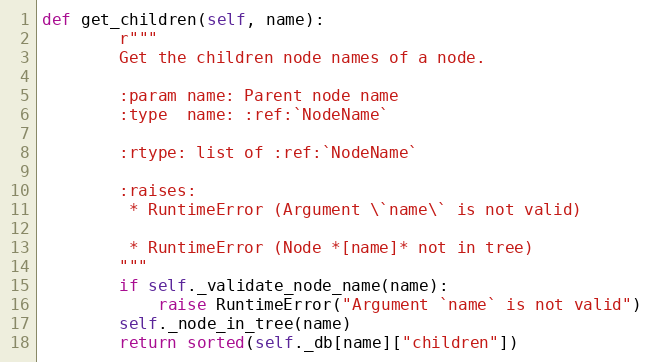
Language: Python
def get_children(self, name):
        r"""
        Get the children node names of a node.

        :param name: Parent node name
        :type  name: :ref:`NodeName`

        :rtype: list of :ref:`NodeName`

        :raises:
         * RuntimeError (Argument \`name\` is not valid)

         * RuntimeError (Node *[name]* not in tree)
        """
        if self._validate_node_name(name):
            raise RuntimeError("Argument `name` is not valid")
        self._node_in_tree(name)
        return sorted(self._db[name]["children"])